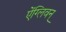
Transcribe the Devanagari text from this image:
ऐंग्लिवन्